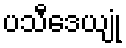
ပသီဒေယျုံ